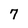
Character: 7